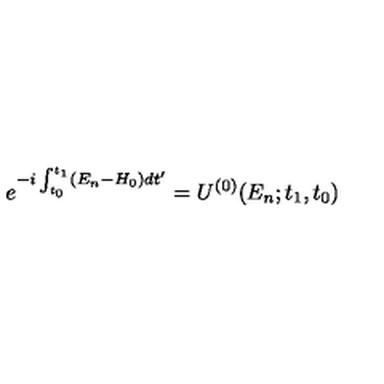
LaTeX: e ^ { - i \int _ { t _ { 0 } } ^ { t _ { 1 } } ( E _ { n } - H _ { 0 } ) d t ^ { \prime } } = U ^ { ( 0 ) } ( E _ { n } ; t _ { 1 } , t _ { 0 } )